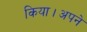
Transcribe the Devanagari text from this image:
किया।अपने